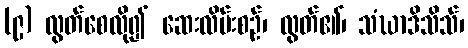
(၉) လွတ်စေလို၍ ဆေးလိမ်းစဉ်၊ လွတ်၏၊ သံဃာဒိသိသ်၊